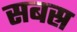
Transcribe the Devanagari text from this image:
सबस्र